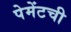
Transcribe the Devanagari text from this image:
पेमेंटची